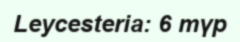
Leycesteria: 6 түр